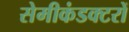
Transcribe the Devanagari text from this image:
सेमीकंडक्टरों